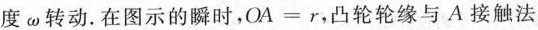
度\omega 转动。在图示的瞬时，$$OA=r$$，凸轮轮缘与A接触法